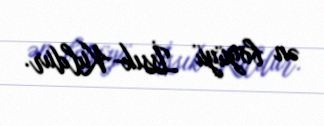
ən böyüyü İssık-Kuldur.